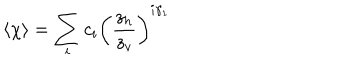
\langle \chi \rangle = \sum _ { i } c _ { i } \left( \frac { z _ { h } } { z _ { v } } \right) ^ { i \gamma _ { 1 } }